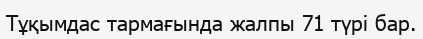
Тұқымдас тармағында жалпы 71 түрі бар.